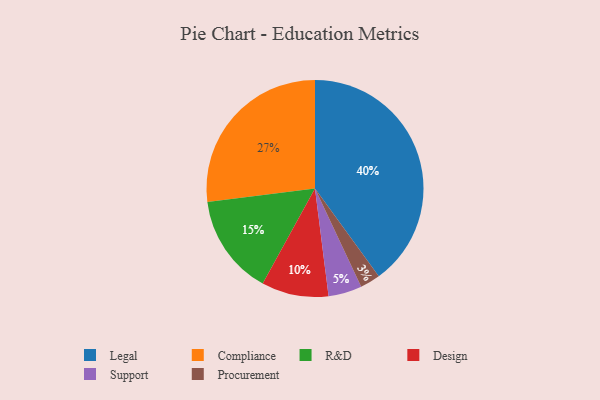
{"axis": {"x": "Category", "y": "Percentage"}, "legend": ["Compliance", "Design", "Legal", "Procurement", "R&D", "Support"], "data": [{"x": "Legal", "y": 40, "type": "Legal"}, {"x": "Design", "y": 10, "type": "Design"}, {"x": "Support", "y": 5, "type": "Support"}, {"x": "Compliance", "y": 27, "type": "Compliance"}, {"x": "Procurement", "y": 3, "type": "Procurement"}, {"x": "R&D", "y": 15, "type": "R&D"}]}